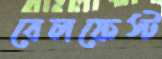
বেলফেস্ট